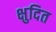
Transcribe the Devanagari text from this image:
क्षुदित